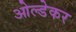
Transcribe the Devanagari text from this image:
ओल्डेकर